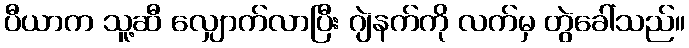
ပီယာက သူ့ဆီ လျှောက်လာပြီး ဂျဲနက်ကို လက်မှ တွဲခေါ်သည်။